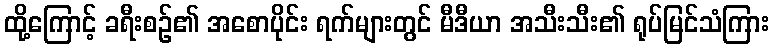
ထို့ကြောင့် ခရီးစဉ်၏ အစောပိုင်း ရက်များတွင် မီဒီယာ အသီးသီး၏ ရုပ်မြင်သံကြား